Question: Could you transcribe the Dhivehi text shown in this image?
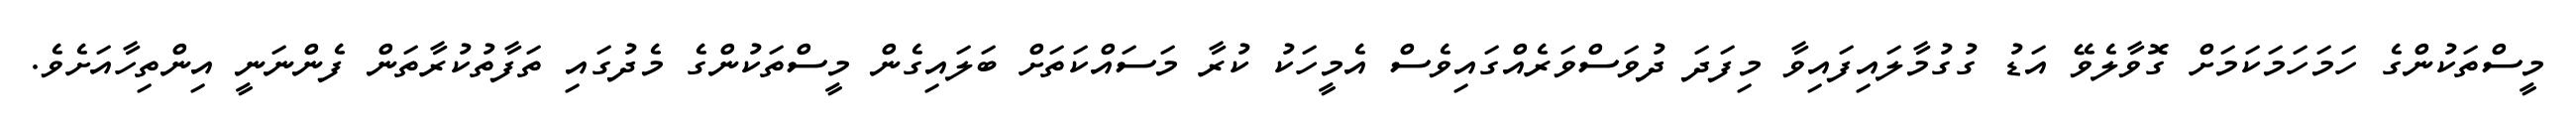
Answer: މީސްތަކުންގެ ހަމަހަމަކަމަށް ގޮވާލެވޭ އަޑު ގުގުމާލައިފައިވާ މިފަދަ ދުވަސްވަރެއްގައިވެސް އެމީހަކު ކުރާ މަސައްކަތަށް ބަލައިގެން މީސްތަކުންގެ މެދުގައި ތަފާތުކުރާތަން ފެންނަނީ އިންތިހާއަށެވެ.